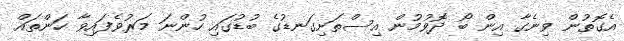
އެގޮތުން ވިނެގާ އިން ބޯ ދޮވުމުން އިސްތަށިގަނޑުގެ ބުޑުގައި ހުންނަ މަރުވެފައިވާ ހަންތައް